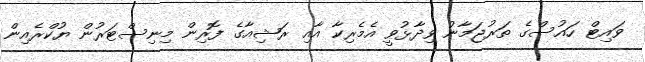
ވައިޓް ހައުސްގެ ތަރުޖަމާނު ވިދާޅުވީ އެމެރިކާ އާއި ރަޝިއާގެ ފޮރިން މިނިސްޓަރުން ޔުކްރެއިން